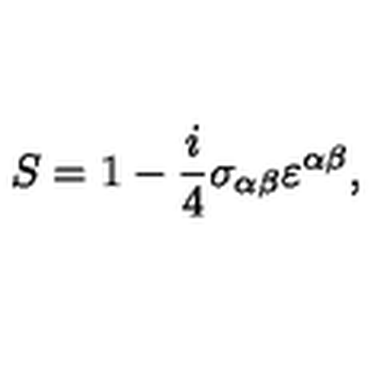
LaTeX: S = 1 - \frac { i } { 4 } \sigma _ { \alpha \beta } \varepsilon ^ { \alpha \beta } ,